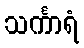
သင်္ကာရံ